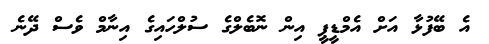
އެ ބޭފުޅާ އަށް އެމްޑީޕީ އިން ނޮބެލްގެ ސުލްހައިގެ އިނާމް ވެސް ދޭނެ